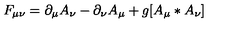
F _ { \mu \nu } = \partial _ { \mu } A _ { \nu } - \partial _ { \nu } A _ { \mu } + g [ A _ { \mu } * A _ { \nu } ]